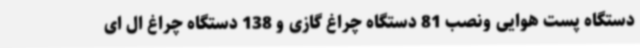
دستگاه پست هوایی ونصب 81 دستگاه چراغ گازی و 138 دستگاه چراغ ال ای